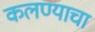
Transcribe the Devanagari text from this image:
कलण्याचा